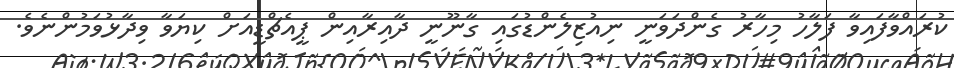
ކުރައްވާފައިވާ ފަލާހު މިހާރު ގެންދަވަނީ ނިއުޒިލެންޑުގައި ގާނޫނީ ދާއިރާއިން ޕީއެޗްޑީއަށް ކިޔަވާ ވިދާޅުވަމުންނެވެ.